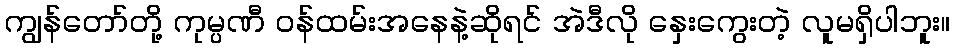
ကျွန်တော်တို့ ကုမ္ပဏီ ဝန်ထမ်းအနေနဲ့ဆိုရင် အဲဒီလို နှေးကွေးတဲ့ လူမရှိပါဘူး။